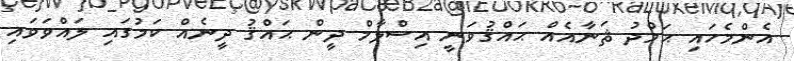
އެންމެހައި ޙަމްދު ޘަނާއެއް ޙައްޤުވަނީ އިސްލާމް ދީން ޙައްޤު ދީނެއް ކަމުގައި ލައްވަވައި